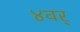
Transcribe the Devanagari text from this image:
४वर्